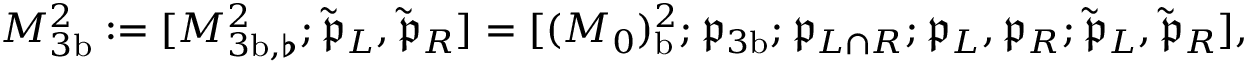
M _ { 3 \mathrm { b } } ^ { 2 } : = [ M _ { { 3 \mathrm { b } } , \flat } ^ { 2 } ; \tilde { \mathfrak { p } } _ { L } , \tilde { \mathfrak { p } } _ { R } ] = [ ( M _ { 0 } ) _ { \mathrm { b } } ^ { 2 } ; \mathfrak { p } _ { 3 \mathrm { b } } ; \mathfrak { p } _ { L \cap R } ; \mathfrak { p } _ { L } , \mathfrak { p } _ { R } ; \tilde { \mathfrak { p } } _ { L } , \tilde { \mathfrak { p } } _ { R } ] ,